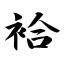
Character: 袷